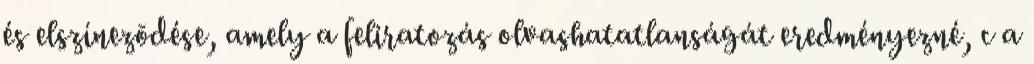
és elszínezõdése, amely a feliratozás olvashatatlanságát eredményezné, c a